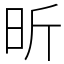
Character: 昕